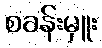
စခန်းမှူး